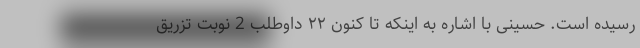
رسیده است. حسینی با اشاره به اینکه تا کنون ۲۲ داوطلب 2 نوبت تزریق